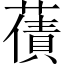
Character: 𮑫